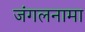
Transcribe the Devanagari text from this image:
जंगलनामा